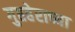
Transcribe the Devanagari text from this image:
गुप्तहेराच्या